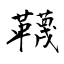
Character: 韈